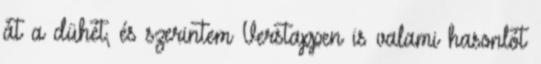
át a dühét, és szerintem Verstappen is valami hasonlót